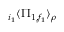
{ } _ { i _ { 1 } } \langle \Pi _ { 1 , f _ { 1 } } \rangle _ { \rho }